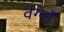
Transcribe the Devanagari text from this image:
वर्ग्गो